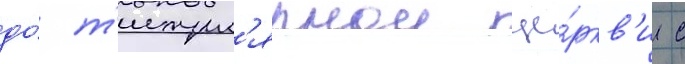
до́ т'итул'ярнои це́ркв'и с